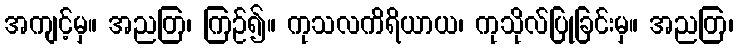
အကျင့်မှ။ အညတြ၊ ကြဉ်၍။ ကုသလကိရိယာယ၊ ကုသိုလ်ပြုခြင်းမှ။ အညတြ၊